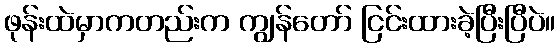
ဖုန်းထဲမှာကတည်းက ကျွန်တော် ငြင်းထားခဲ့ပြီးပြီပဲ။